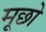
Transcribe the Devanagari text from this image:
मूछो